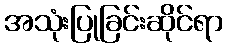
အသုံးပြုခြင်းဆိုင်ရာ